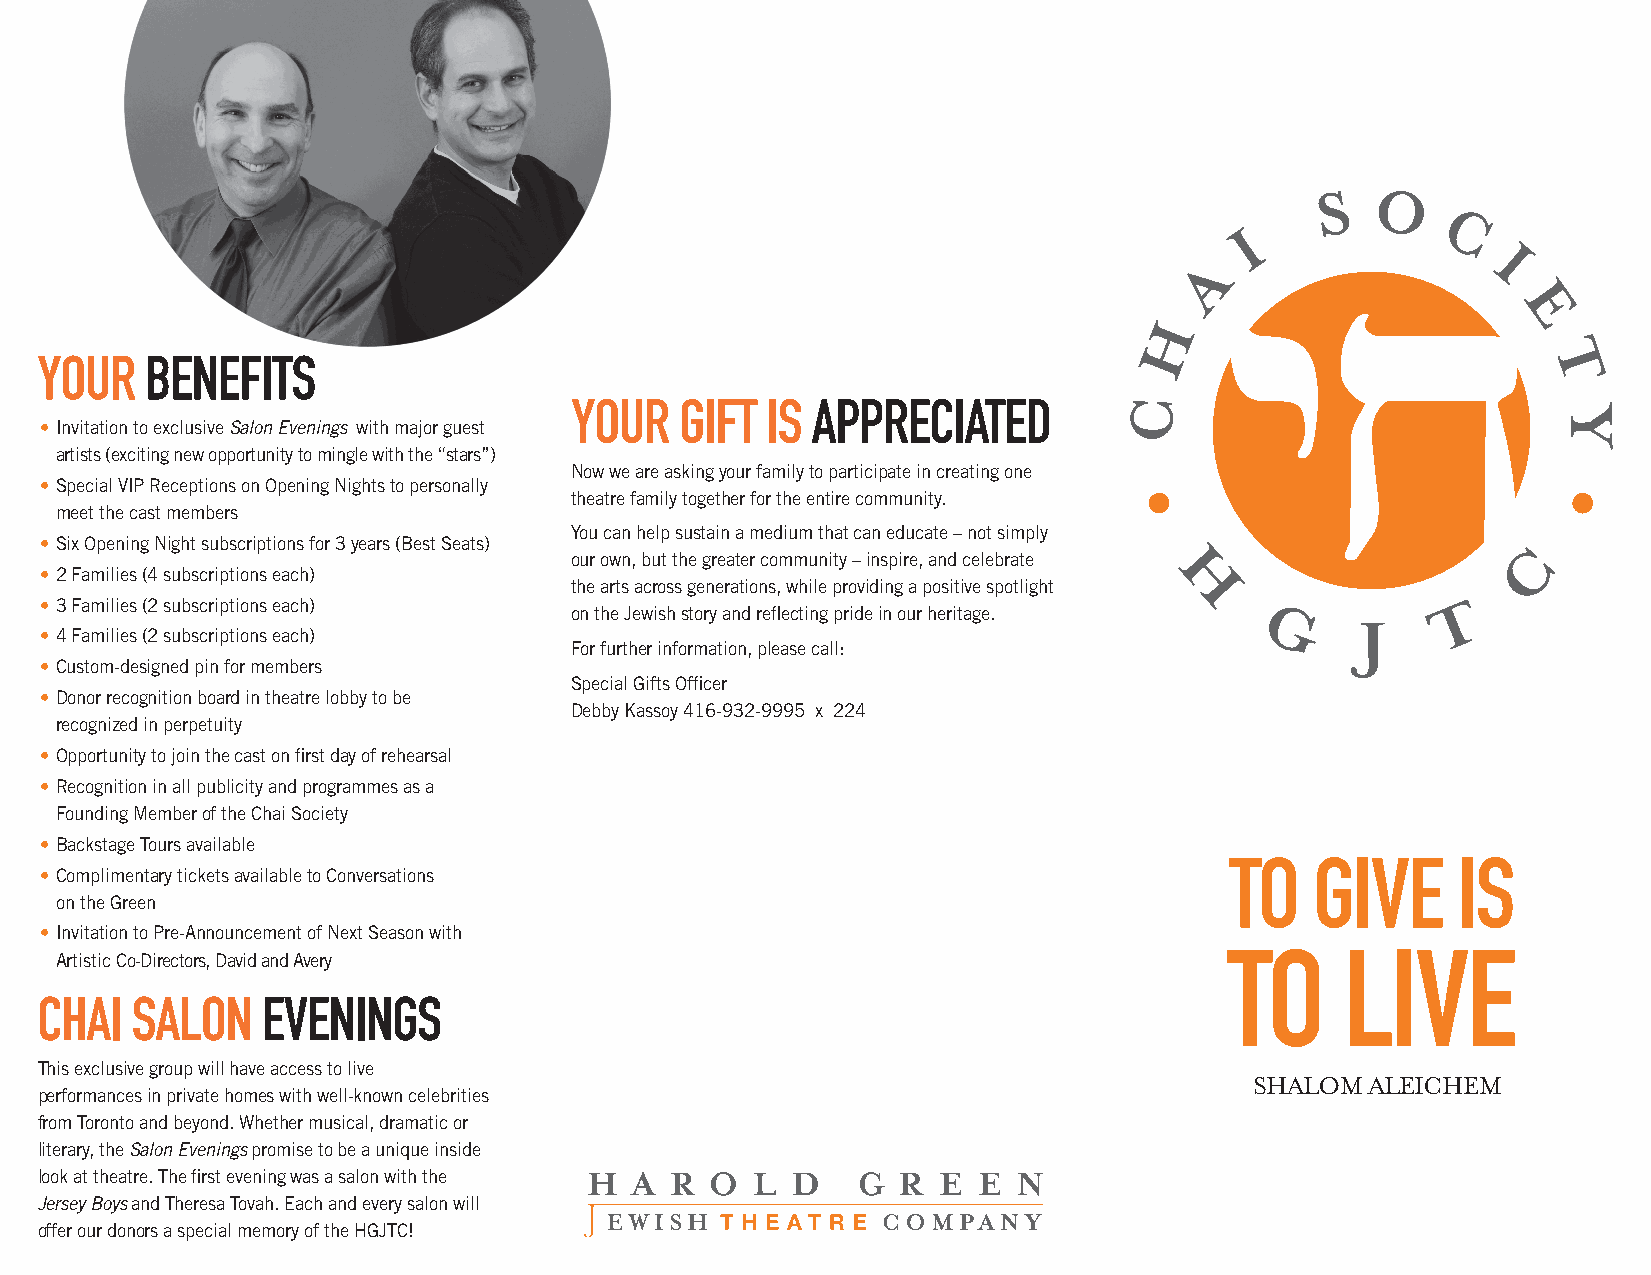
S  O
 I            C
 A                  I
 E
 H
 Your    BeNeFiTs                                                                                    T
 Your   GiFT  is APPreCiATeD         C
 Y
 • Invitation to exclusive Salon Evenings with major guest
 artists (exciting new opportunity to mingle with the “stars”)
 Now we are asking your family to participate in creating one
 • Special VIP Receptions on Opening Nights to personally
 theatre family together for the entire community.
 meet the cast members
 You can help sustain a medium that can educate – not simply
 • Six Opening Night subscriptions for 3 years (Best Seats)                                        C
 our own, but the greater community – inspire, and celebrate
 • 2 Families (4 subscriptions each)
 the arts across generations, while providing a positive spotlight H
 • 3 Families (2 subscriptions each)                                                          T
 on the Jewish story and reflecting pride in our heritage.
 G      J
 • 4 Families (2 subscriptions each)
 For further information, please call:
 • Custom-designed pin for members
 Special Gifts Officer
 • Donor recognition board in theatre lobby to be
 Debby Kassoy 416-932-9995 x 224
 recognized in perpetuity
 • Opportunity to join the cast on first day of rehearsal
 • Recognition in all publicity and programmes as a
 Founding Member of the Chai Society
 • Backstage Tours available
 To    Give     is
 • Complimentary tickets available to Conversations
 on the Green
 • Invitation to Pre-Announcement of Next Season with
 To      live
 Artistic Co-Directors, David and Avery
 CHAi   sAloN    eveNiNGs
 This exclusive group will have access to live
 SHALOM  ALEICHEM
 performances in private homes with well-known celebrities
 from Toronto and beyond. Whether musical, dramatic or
 literary, the Salon Evenings promise to be a unique inside
 look at theatre. The first evening was a salon with the
 Jersey Boys and Theresa Tovah. Each and every salon will
 offer our donors a special memory of the HGJTC!